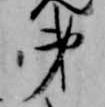
弟